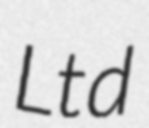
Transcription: Ltd